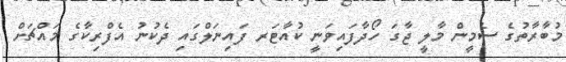
މުބާރާތުގެ ސެމީން މާލީ ޖާގަ ހޯދާފައިވަނީ ކުއާޓަރ ފައިނަލްގައި ދެކުނު އެފްރިކާގެ މައްޗަށް